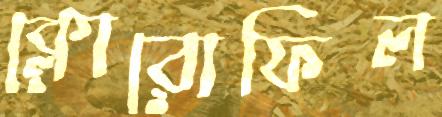
ক্লোরোফিল